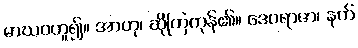
မာဃဝဟူ၍။ အာဟု၊ ဆိုကြကုန်၏။ ဒေဝရာဇာ၊ နတ်